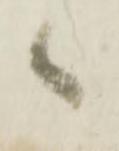
候